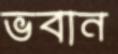
ভবান